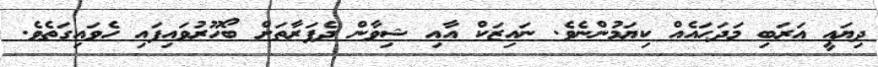
ދިޔައީ ޢަރަބި މަދަޙައެއް ކިޔަމުންނެވެ. ނައިޒަކް އާއި ޝިވާން ދެފަރާތަށް ބޯހޫރުވައިފައި ހެވައިގަތެވެ.